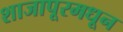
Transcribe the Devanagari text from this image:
शाजापूरमधून